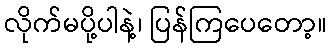
လိုက်မပို့ပါနဲ့၊ ပြန်ကြပေတော့။